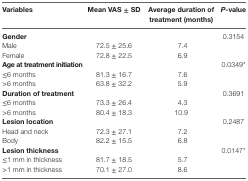
<table><thead><tr><td><b>Variables</b></td><td><b>Mean VAS ± SD</b></td><td><b>Average duration of treatment (months)</b></td><td><b><i>P-</i>value</b></td></tr></thead><tbody><tr><td><b>Gender</b></td><td></td><td></td><td rowspan="3">0.3154</td></tr><tr><td>Male</td><td>72.5 ± 25.6</td><td>7.4</td></tr><tr><td>Female</td><td>72.8 ± 22.5</td><td>6.9</td></tr><tr><td><b>Age at treatment initiation</b></td><td></td><td></td><td rowspan="3">0.0349*</td></tr><tr><td>≤6 months</td><td>81.3 ± 16.7</td><td>7.6</td></tr><tr><td>&gt;6 months</td><td>63.8 ± 32.2</td><td>5.9</td></tr><tr><td><b>Duration of treatment</b></td><td></td><td></td><td rowspan="3">0.3691</td></tr><tr><td>≤6 months</td><td>73.3 ± 26.4</td><td>4.3</td></tr><tr><td>&gt;6 months</td><td>80.4 ± 18.3</td><td>10.9</td></tr><tr><td><b>Lesion location</b></td><td></td><td></td><td rowspan="3">0.2487</td></tr><tr><td>Head and neck</td><td>72.3 ± 27.1</td><td>7.2</td></tr><tr><td>Body</td><td>82.2 ± 15.5</td><td>6.8</td></tr><tr><td><b>Lesion thickness</b></td><td></td><td></td><td>0.0147*</td></tr><tr><td>≤1 mm in thickness</td><td>81.7 ± 18.5</td><td>5.7</td><td></td></tr><tr><td>&gt;1 mm in thickness</td><td>70.1 ± 27.0</td><td>8.6</td><td></td></tr></tbody></table>